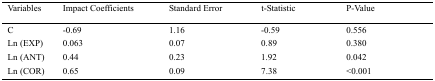
<table><thead><tr><td><b>Variables</b></td><td><b>Impact Coefficients</b></td><td><b>Standard Error</b></td><td><b>t-Statistic</b></td><td><b>P-Value</b></td></tr></thead><tbody><tr><td>C</td><td>-0.69</td><td>1.16</td><td>-0.59</td><td>0.556</td></tr><tr><td>Ln (EXP)</td><td>0.063</td><td>0.07</td><td>0.89</td><td>0.380</td></tr><tr><td>Ln (ANT)</td><td>0.44</td><td>0.23</td><td>1.92</td><td>0.042</td></tr><tr><td>Ln (COR)</td><td>0.65</td><td>0.09</td><td>7.38</td><td>&lt;0.001</td></tr></tbody></table>